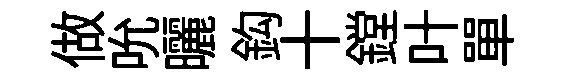
做吮曬鈎十鏜叶單